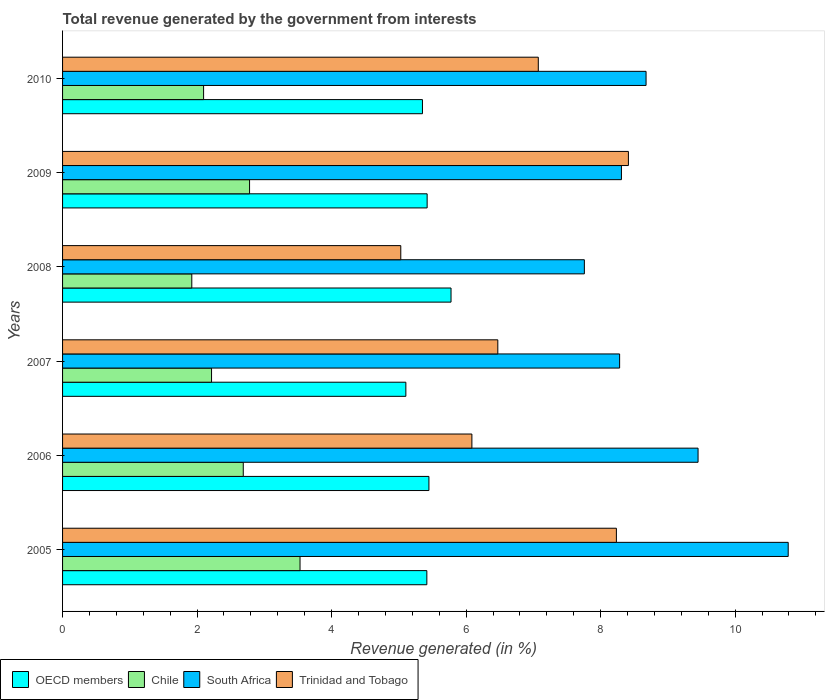
| Years | OECD members | Chile | South Africa | Trinidad and Tobago |
 | --- | --- | --- | --- | --- |
 | 2005 | 5.42 | 3.53 | 10.8 | 8.23 |
 | 2006 | 5.45 | 2.69 | 9.45 | 6.09 |
 | 2007 | 5.1 | 2.22 | 8.28 | 6.47 |
 | 2008 | 5.78 | 1.92 | 7.76 | 5.03 |
 | 2009 | 5.42 | 2.78 | 8.31 | 8.41 |
 | 2010 | 5.35 | 2.1 | 8.68 | 7.07 |